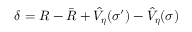
\delta = R - \bar { R } + \hat { V } _ { \boldsymbol { \eta } } ( \sigma ^ { \prime } ) - \hat { V } _ { \boldsymbol { \eta } } ( \sigma )